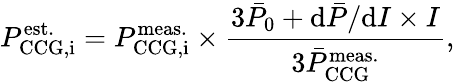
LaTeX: P_{\mathrm{CCG,i}}^{\mathrm{est.}}=P_{\mathrm{CCG,i}}^{\mathrm{meas.}}\times\frac{3\bar{P}_{\mathrm{0}}+\mathrm{d}\bar{P}/\mathrm{d}I\times I}{3\bar{P}_{\mathrm{CCG}}^{\mathrm{meas.}}},